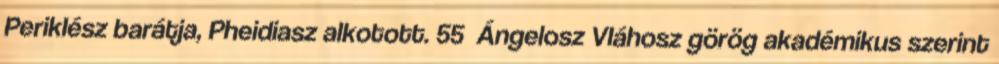
Periklész barátja, Pheidiasz alkotott. 55 Ángelosz Vláhosz görög akadémikus szerint